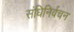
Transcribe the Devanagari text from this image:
संधिनिर्वचन